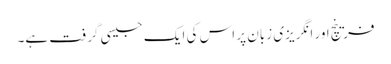
فرینچ اور انگریزی زبان پر اس کی ایک جیسی گرفت ہے۔